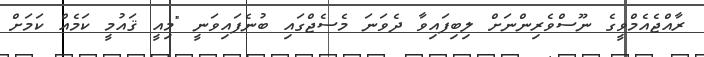
ރާއްޖެއެމްވީގެ ނޫސްވެރިންނަށް ލިބިފައިވާ ދެވަނަ މެސެޖްގައި ބުނެފައިވަނީ "މިއީ ޤައުމީ ކަމެއް ކަމަށް